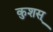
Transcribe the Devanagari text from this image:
कुशस्